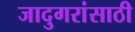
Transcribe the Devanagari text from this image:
जादुगरांसाठी